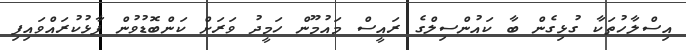
އިސްލާހުތަކާ ގުޅިގެން ބާ ކައުންސިލްގެ ރައީސް މައުމޫން ހަމީދު ވަރަށް ކަންބޮޑުވުން ފާޅުކުރައްވައިފި